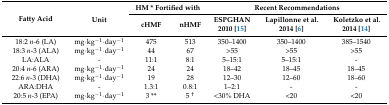
| <ROWSPAN=2> Fatty Acid | <ROWSPAN=2> Unit | <COLSPAN=2> HM * Fortified with | <COLSPAN=3> Recent Recommendations |
 | cHMF | nHMF | ESPGHAN 2010 [15] | Lapillonne et al. 2014 [6] | Koletzko et al. 2014 [14] |
 | --- | --- | --- | --- | --- | --- | --- |
 | 18:2 n-6 (LA) | mg·kg−1·day−1 | 475 | 513 | 350–1400 | 350–1400 | 385–1540 |
 | 18:3 n-3 (ALA) | mg·kg−1·day−1 | 44 | 67 | >55 | >55 | >55 |
 | LA:ALA | - | 11:1 | 8:1 | 5–15:1 | 5–15:1 | - |
 | 20:4 n-6 (ARA) | mg·kg−1·day−1 | 24 | 24 | 18–42 | 18–45 | 18–45 |
 | 22:6 n-3 (DHA) | mg·kg−1·day−1 | 19 | 28 | 12–30 | 12–60 | 18–60 |
 | ARA:DHA | - | 1.3:1 | 0.8:1 | 1–2:1 | - | - |
 | 20:5 n-3 (EPA) | mg·kg−1·day−1 | 3 ** | 5 † | <30% DHA | <20 | <20 |